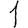
Digit: 1